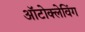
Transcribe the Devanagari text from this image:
ऑटोक्लेविंग